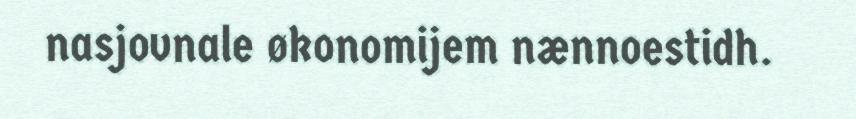
nasjovnale økonomijem nænnoestidh.